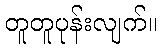
တူတူပုန်းလျက်။